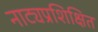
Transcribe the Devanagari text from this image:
नाट्यप्रशिक्षित